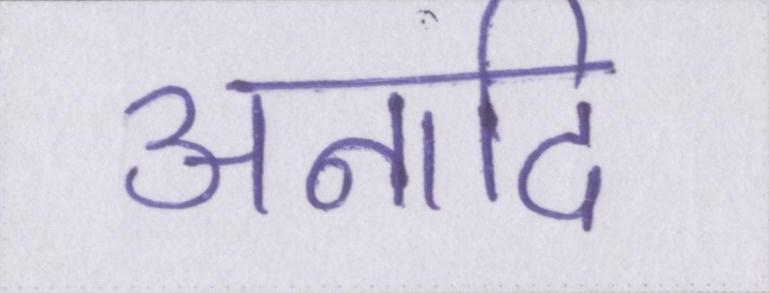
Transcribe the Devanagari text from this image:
अनादि